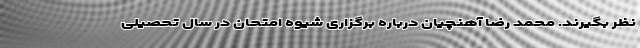
نظر بگیرند. محمد رضا آهنچیان درباره برگزاری شیوه امتحان در سال تحصیلی